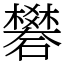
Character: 礬